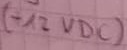
Text: -12 VDC